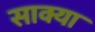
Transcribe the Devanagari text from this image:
साक्या